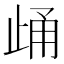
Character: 𪴷